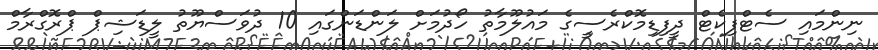
ނިންމައި ސެޓްފިކެޓް ދީފިޑިމޮކްރެސީގެ މައުލޫމާތު ހޯދުމަށް ލަންޑަންގައި 10 ދުވަސްޔޫތު ލީޑަޝިޕް ޕްރޮގްރާމް